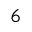
^ { 6 }